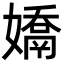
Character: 𭒤